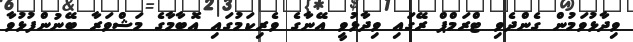
ވިދާޅުވަމުން ގެންދެވި ޓްރަމްޕް ރޭގައި ވިދާޅުވީ އޭނާގެ ވެރިކަމުގައި އޮބާމާގެ މަޝްވަރާ ބޭނުންފުޅުވާ